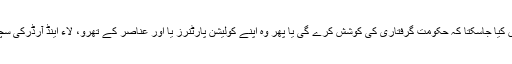
مگر دوسری طرف اس بات کو رد نہیں کیا جاسکتا کہ حکومت گرفتاری کی کوشش کرے گی یا پھر وہ اپنے کولیشن پارٹنرز یا اور عناصر کے تھرو، لاء اینڈ آرڈرکی سچویشن پیدا کرنے کی کوشش کرے گی۔